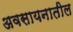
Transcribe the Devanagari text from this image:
अवसायनातील